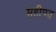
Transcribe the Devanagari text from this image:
महीपत